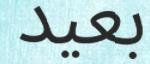
بعيد